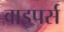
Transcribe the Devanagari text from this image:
वाइपर्स